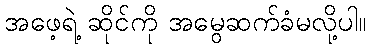
အဖေ့ရဲ့ ဆိုင်ကို အမွေဆက်ခံမလို့ပါ။